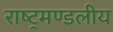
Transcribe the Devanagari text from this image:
राष्‍ट्रमण्‍डलीय